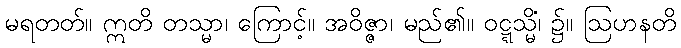
မရတတ်။ ဣတိ တသ္မာ၊ ကြောင့်။ အဝိဇ္ဇာ၊ မည်၏။ ဝဋ္ဋသ္မိံ၊ ၌။ ဩဟနတိ